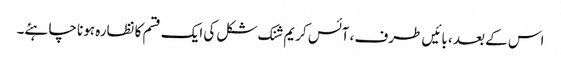
اس کے بعد ، بائیں طرف ، آئس کریم شنک شکل کی ایک قسم کا نظارہ ہونا چاہئے۔